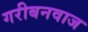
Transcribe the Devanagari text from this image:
गरीबनवाज